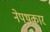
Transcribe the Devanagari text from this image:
नेपथकार